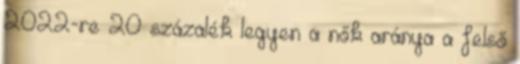
2022-re 20 százalék legyen a nők aránya a felső